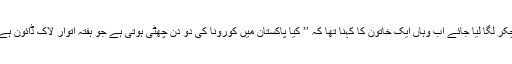
اتنا لکھ کر مجھے تھکن ہونے لگی تو سوچا کہ پارلر کا ہی چکر لگا لیا جائے اب وہاں ایک خاتون کا کہنا تھا کہ ’’ کیا پاکستان میں کورونا کی دو دن چھٹی ہوتی ہے جو ہفتہ اتوار لاک ڈائون ہے اورباقی دن کورونا ڈر کے مارے چھپ کر بیٹھ جاتا ہے ) ۔